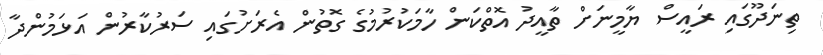
ތިނަދޫގައި ރައީސް ޔާމީނަށް ތާއީދު އޮތްކަން ހާމަކުރުމުގެ ގޮތުން އެރަށުގައި ސަރުކާރުން އަޅަމުންދާ